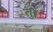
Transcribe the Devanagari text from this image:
तु।